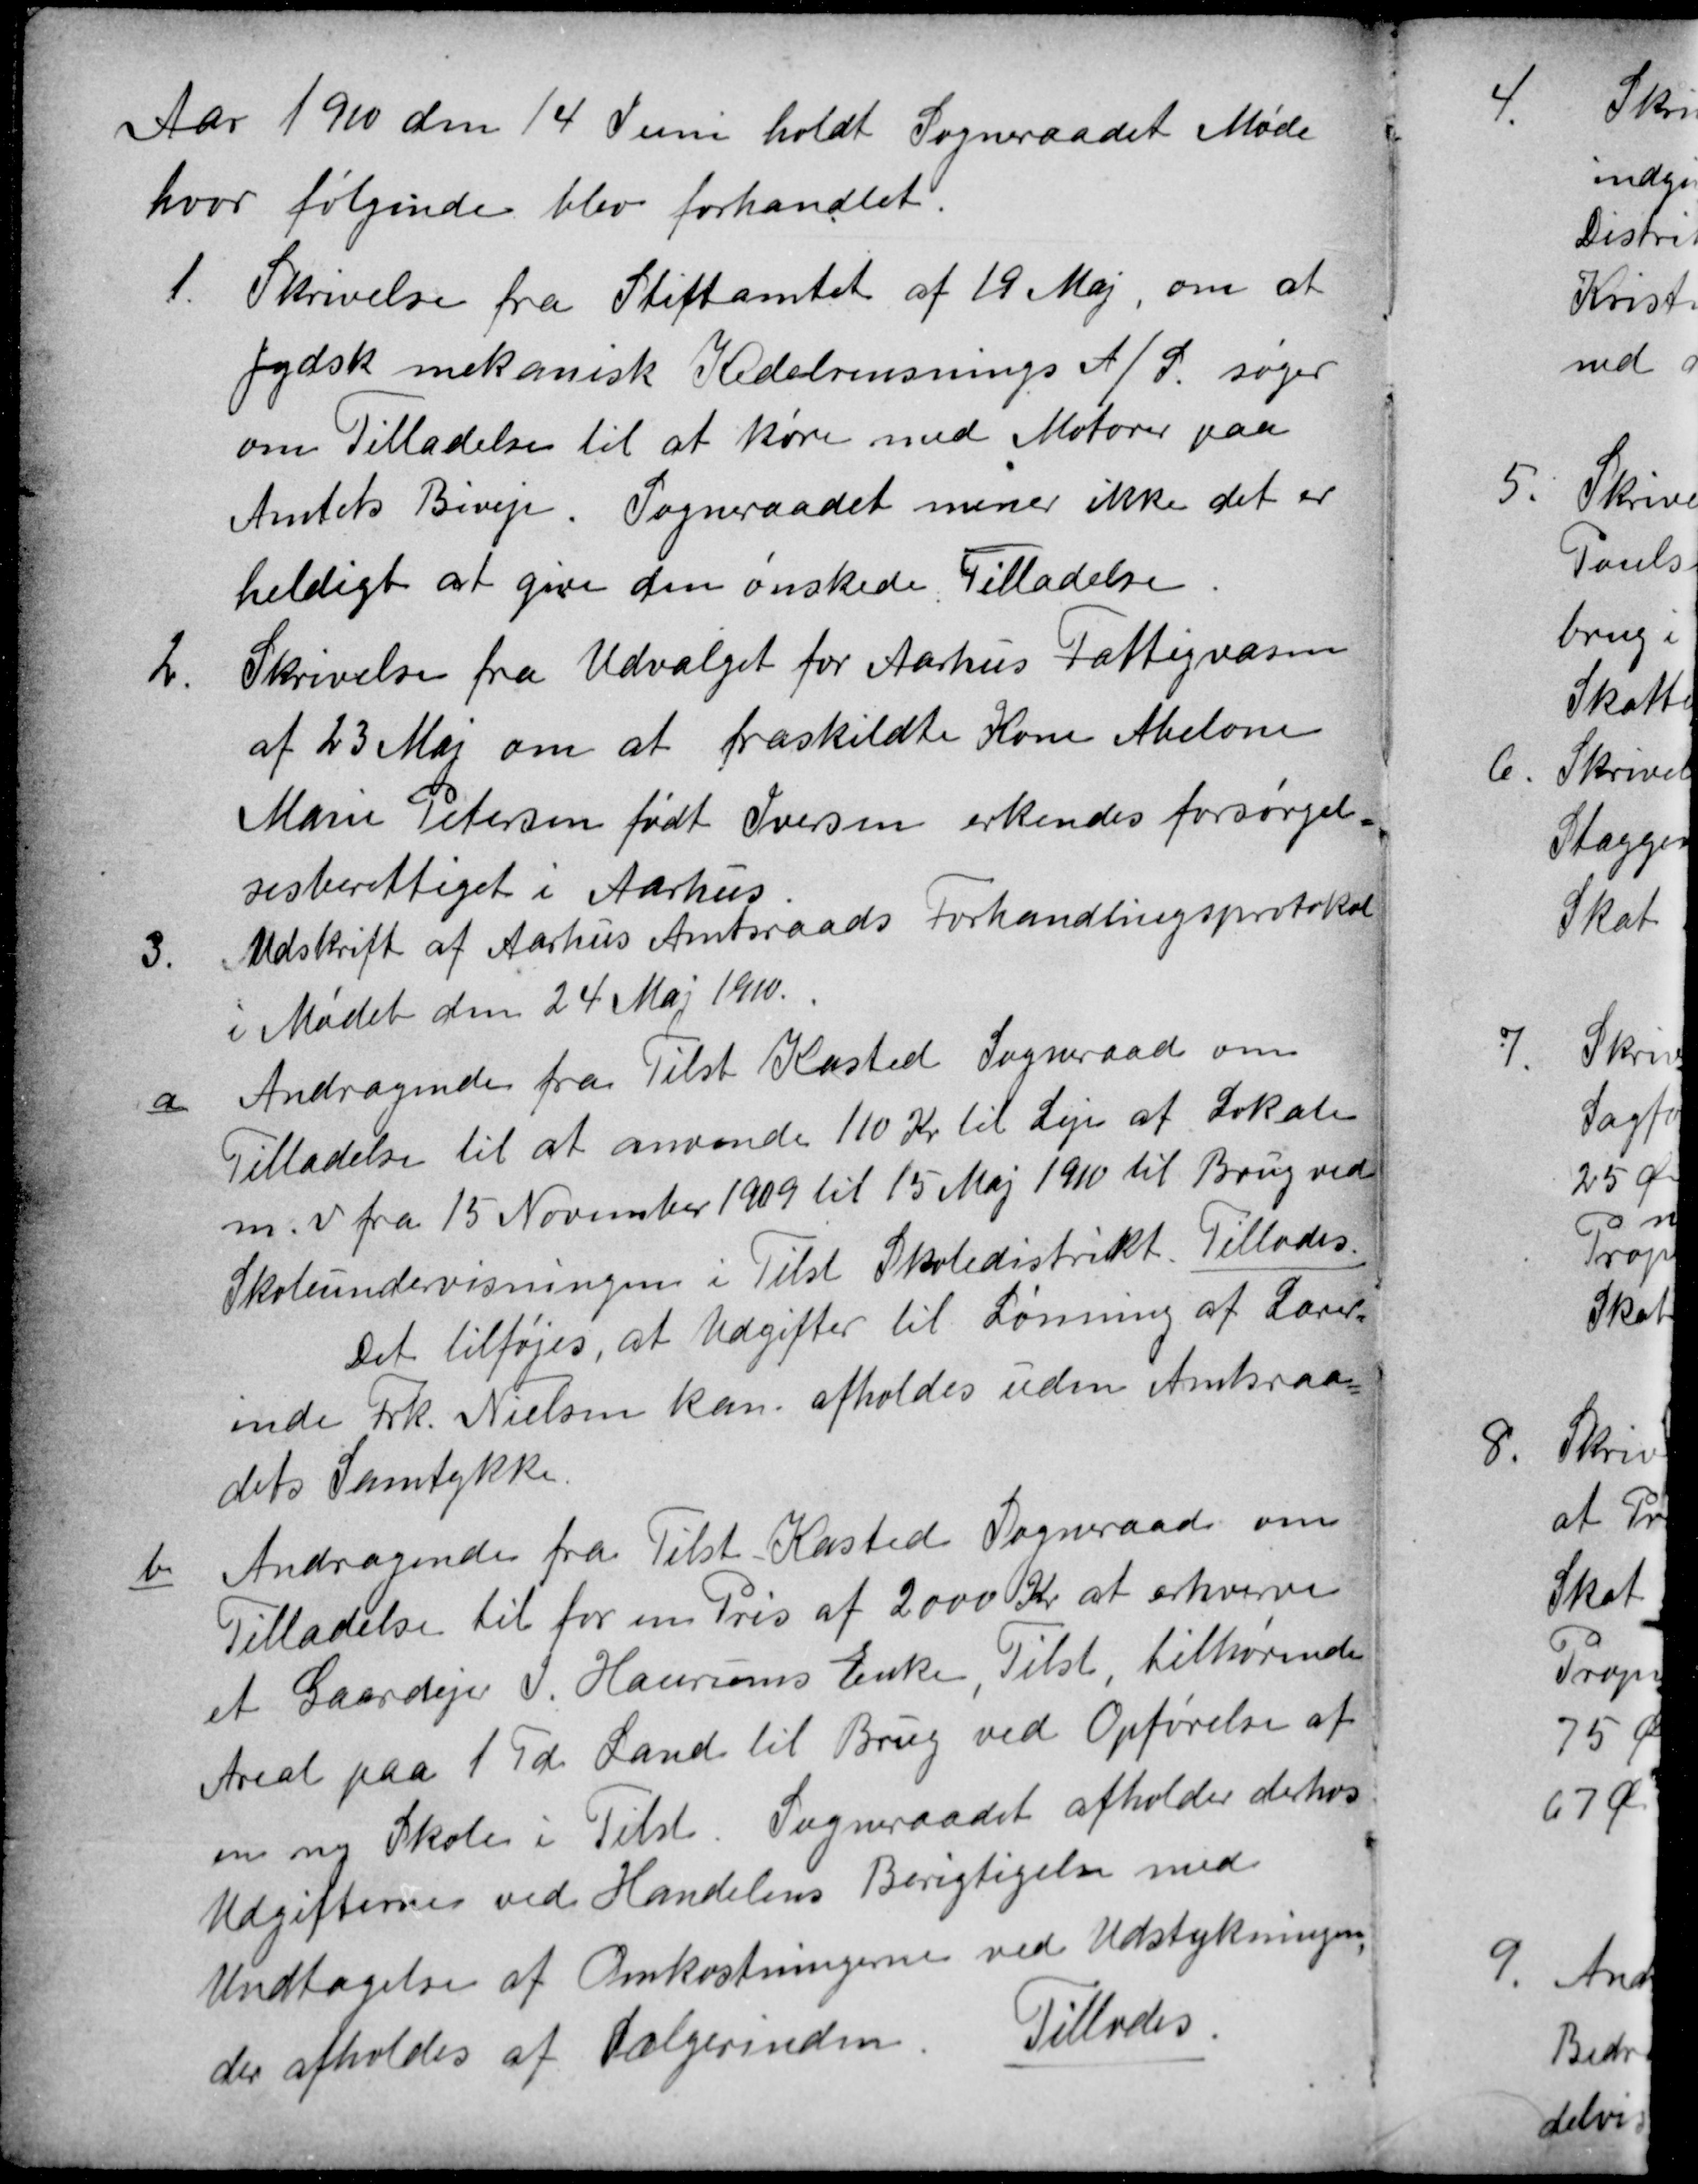
Transskription:
Aar 1910 den 14 Juni holdt Sogneraadet Møde
hvor følgende blev forhandlet.
1.
Skrivelse fra Stiftamtet af 19 Maj, om at
Jydsk mekanisk Kedelrensnings A/S. søger
om Tilladelse til at køre med Motorer paa
Amtets Biveje. Sogneraadet mener ikke det er
heldigt at give den ønskede Tilladelse.
2.
Skrivelse fra Udvalget for Aarhus Fattigvæsen
af 23 Maj om at fraskildte Kone Abelone
Marie Petersen født Iversen erkendes forsørgel
sesberettiget i Aarhus.
3.
Udskrift af Aarhus Amtsraads Forhandlingsprotokol
i Mødet den 24 Maj 1910.
a
Andragende fra Tilst Kasted Sogneraad om
Tilladelse til at anvende 110 Kr til Leje af Lokale
m. v. fra 15 November 1909 til 15 Maj 1910 til Brug ved
Skoleundervisningen i Tilst Skoledistrikt. Tillodes.
Det tilføjes, at Udgifter til Lønning af Lærer=
inde Frk. Nielsen kan afholdes uden Amtsraa=
dets Samtykke.
b
Andragende fra Tilst Kasted Sogneraad om
Tilladelse til for en Pris af 2000 Kr at erhverve
et Gaardejer J. Haurums Enke, Tilst, tilhørende
Areal paa 1 Td Land til Brug ved Opførelse af
en ny Skole i Tilst. Sogneraadet afholder derhos
Udgifternes ved Handelens Berigtigelse med 
Undtagelse af Omkostningerne ved Udstykningen
der afholdes af Sælgerinden.
Tillodes.